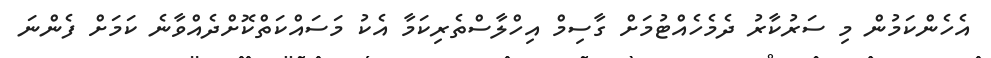
އެހެންކަމުން މި ސަރުކާރު ދެމެހެއްޓުމަށް ގާސިމް އިހްލާސްތެރިކަމާ އެކު މަސައްކަތްކޮށްދެއްވާނެ ކަމަށް ފެންނަ